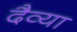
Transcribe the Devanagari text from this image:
दैव्या